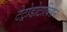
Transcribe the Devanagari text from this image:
टेट्रोडोटाक्सिन